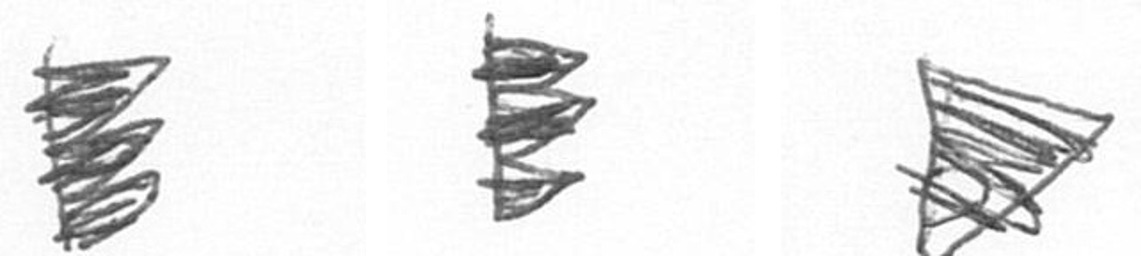
H H T